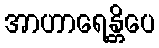
အာဟာရေန္တိပေ